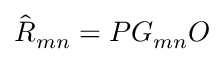
\hat { R } _ { m n } = { \cal P } { \cal G } _ { m n } { \cal O } \,